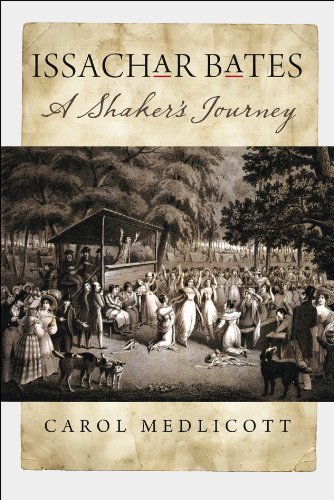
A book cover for Issachar Bates: A Shaker's Journey; Carol Medlicott; Christian Books & Bibles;